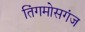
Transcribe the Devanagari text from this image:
तिंगमोसगंज